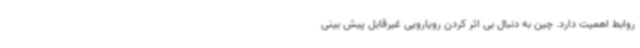
روابط اهمیت دارد. چین به دنبال بی اثر کردن رویارویی غیرقابل پیش بینی